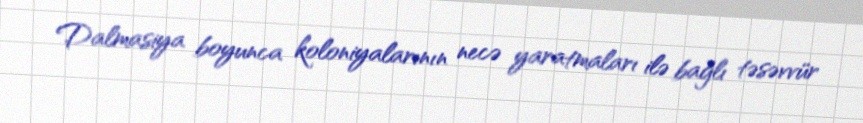
Dalmasiya boyunca koloniyalarının necə yaratmaları ilə bağlı təsəvvür